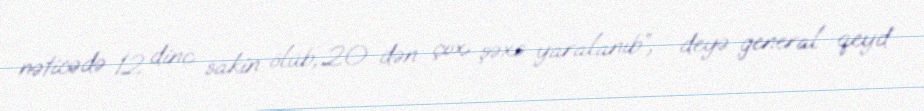
nəticədə 12 dinc sakin ölüb, 20-dən çox şəxs yaralanıb”, - deyə general qeyd